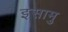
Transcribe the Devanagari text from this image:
इसामु